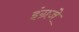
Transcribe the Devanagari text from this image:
इंग्रजे